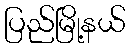
ပြည်မြို့နယ်